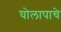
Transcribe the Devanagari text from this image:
घोलापाचे